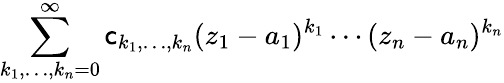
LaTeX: \sum_{k_{1},\dots,k_{n}=0}^{\infty}\mathsf{c}_{k_{1},\dots,k_{n}}(z_{1}-a_{1})^{k_{1}}\cdots(z_{n}-a_{n})^{k_{n}}